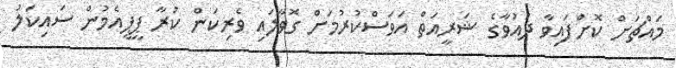
މައްޗަށް ކޮށްފައިވާ ދައުވާގެ ޝަރީއަތް އަވަސްކުރުމަށް ގޮވާލައި ވެރިކަން ކުރާ ޕީޕީއެމުން ސައިކަލު